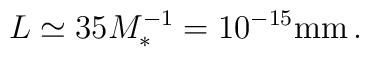
L\simeq 35 M_*^{-1} = 10^{-15} {\rm mm} \, .